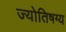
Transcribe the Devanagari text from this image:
ज्योतिषग्य